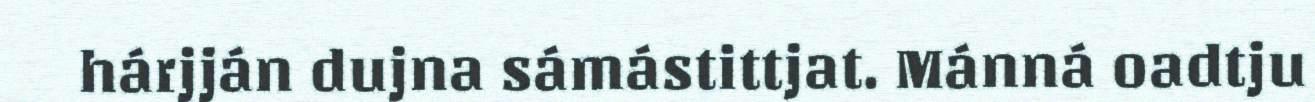
hárjján dujna sámástittjat. Mánná oadtju